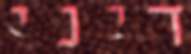
דיני